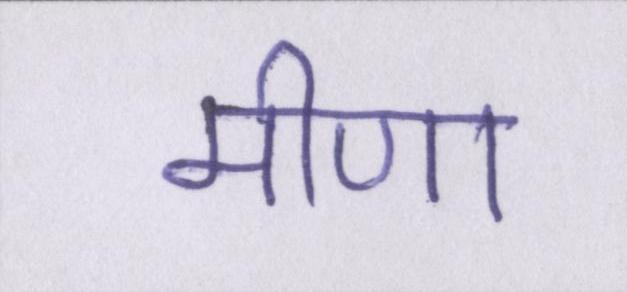
मीणा